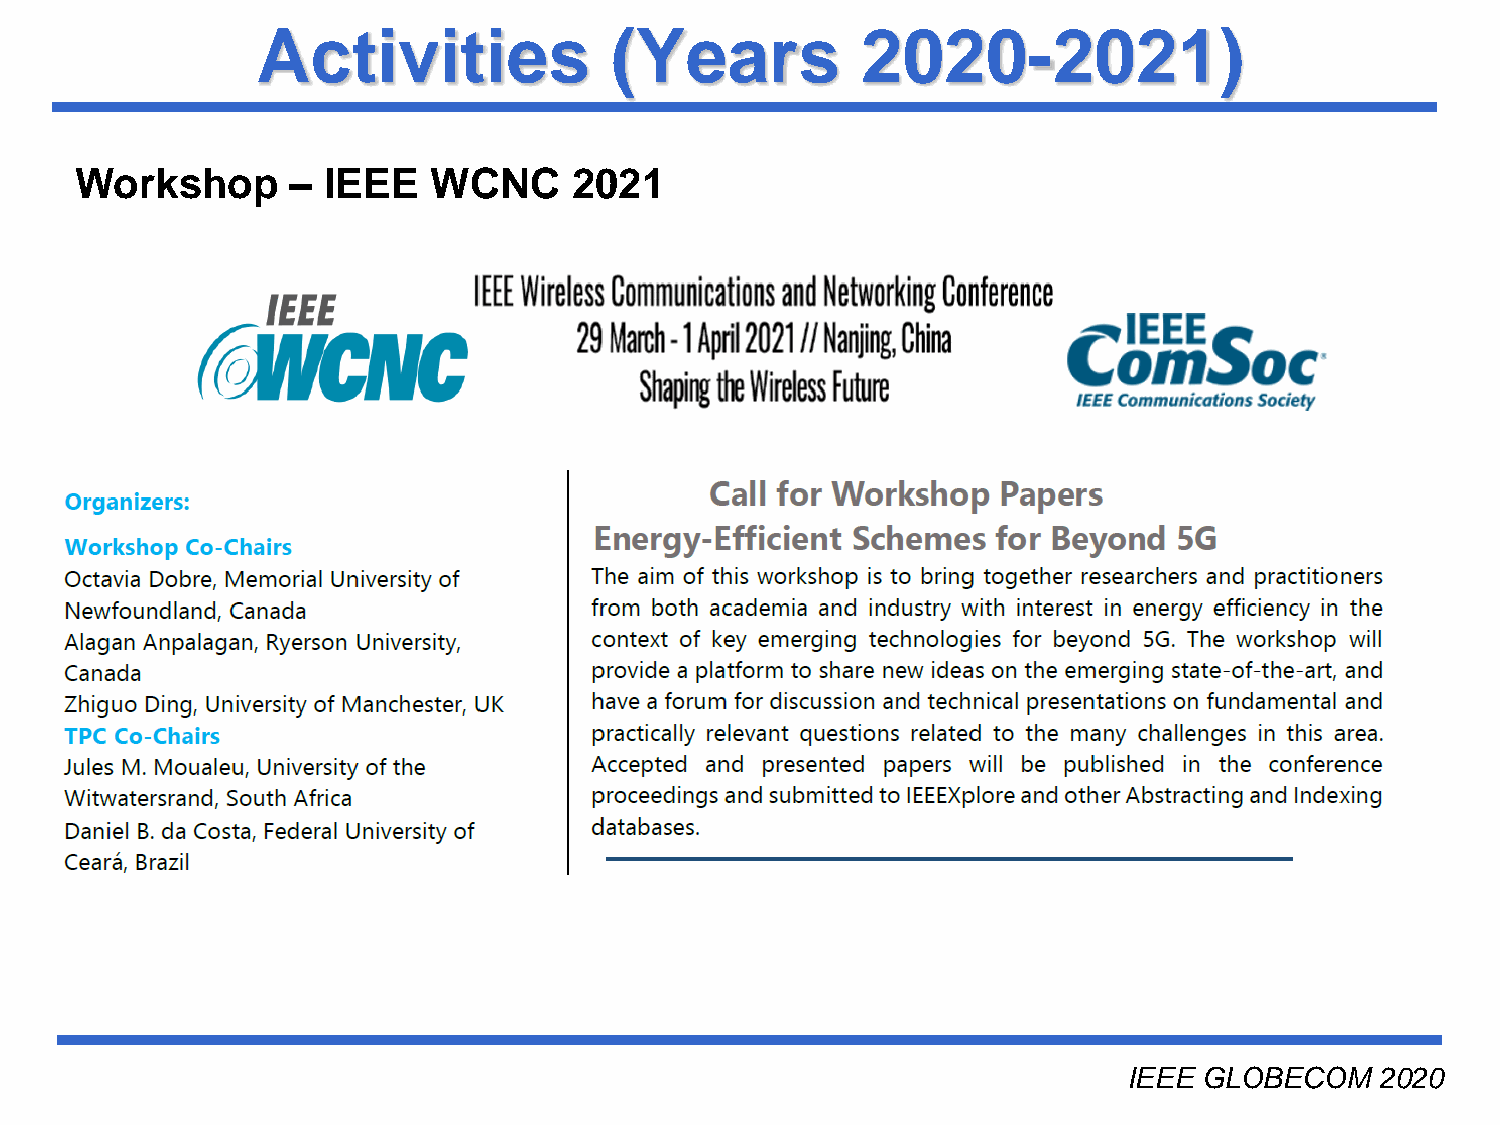
Activities             (Years           2020-2021)
 Workshop      – IEEE    WCNC     2021
 Université du Québec
 IEEE GLOBECOM   2020
 INRS-EMT